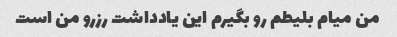
من میام بلیطم رو بگیرم این یادداشت رزرو من است